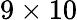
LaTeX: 9\times 10